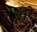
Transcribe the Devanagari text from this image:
ब्रीरे